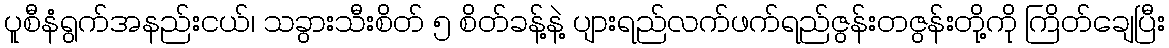
ပူစီနံရွက်အနည်းငယ်၊ သခွားသီးစိတ် ၅ စိတ်ခန့်နဲ့ ပျားရည်လက်ဖက်ရည်ဇွန်းတဇွန်းတို့ကို ကြိတ်ချေပြီး